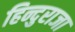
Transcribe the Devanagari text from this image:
हिन्दुराजा